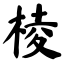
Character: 棱